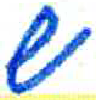
אות: ש